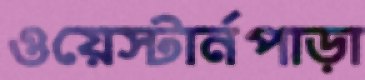
ওয়েস্টার্নপাড়া